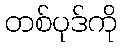
တစ်ပုဒ်ကို